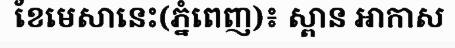
ខែមេសានេះ(ភ្នំពេញ)៖ ស្ពាន អាកាស